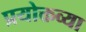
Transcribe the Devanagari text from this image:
प्रयोक्तव्या